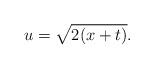
LaTeX: \begin{align*}u=\sqrt{2(x+t)}. \end{align*}